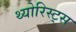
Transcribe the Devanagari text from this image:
थ्योरिस्ट्स